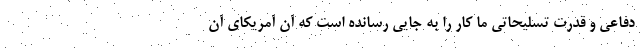
دفاعی و قدرت تسلیحاتی ما کار را به جایی رسانده است که آن آمریکای آن